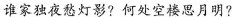
谁家独夜愁灯影?何处空楼思月明?